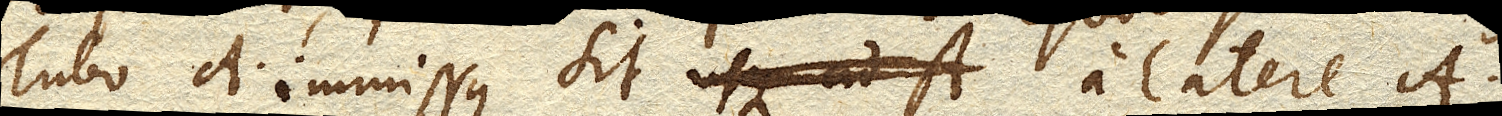
Tubo A. immissus sit usque ad A. a latere A.